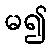
မ၍